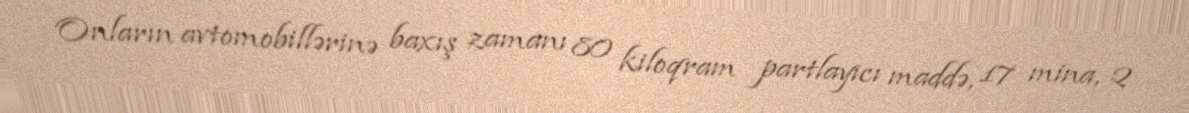
Onların avtomobillərinə baxış zamanı 80 kiloqram partlayıcı maddə, 17 mina, 2